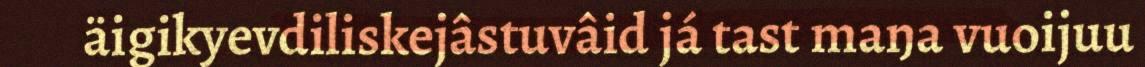
äigikyevdiliskejâstuvâid já tast maŋa vuoijuu